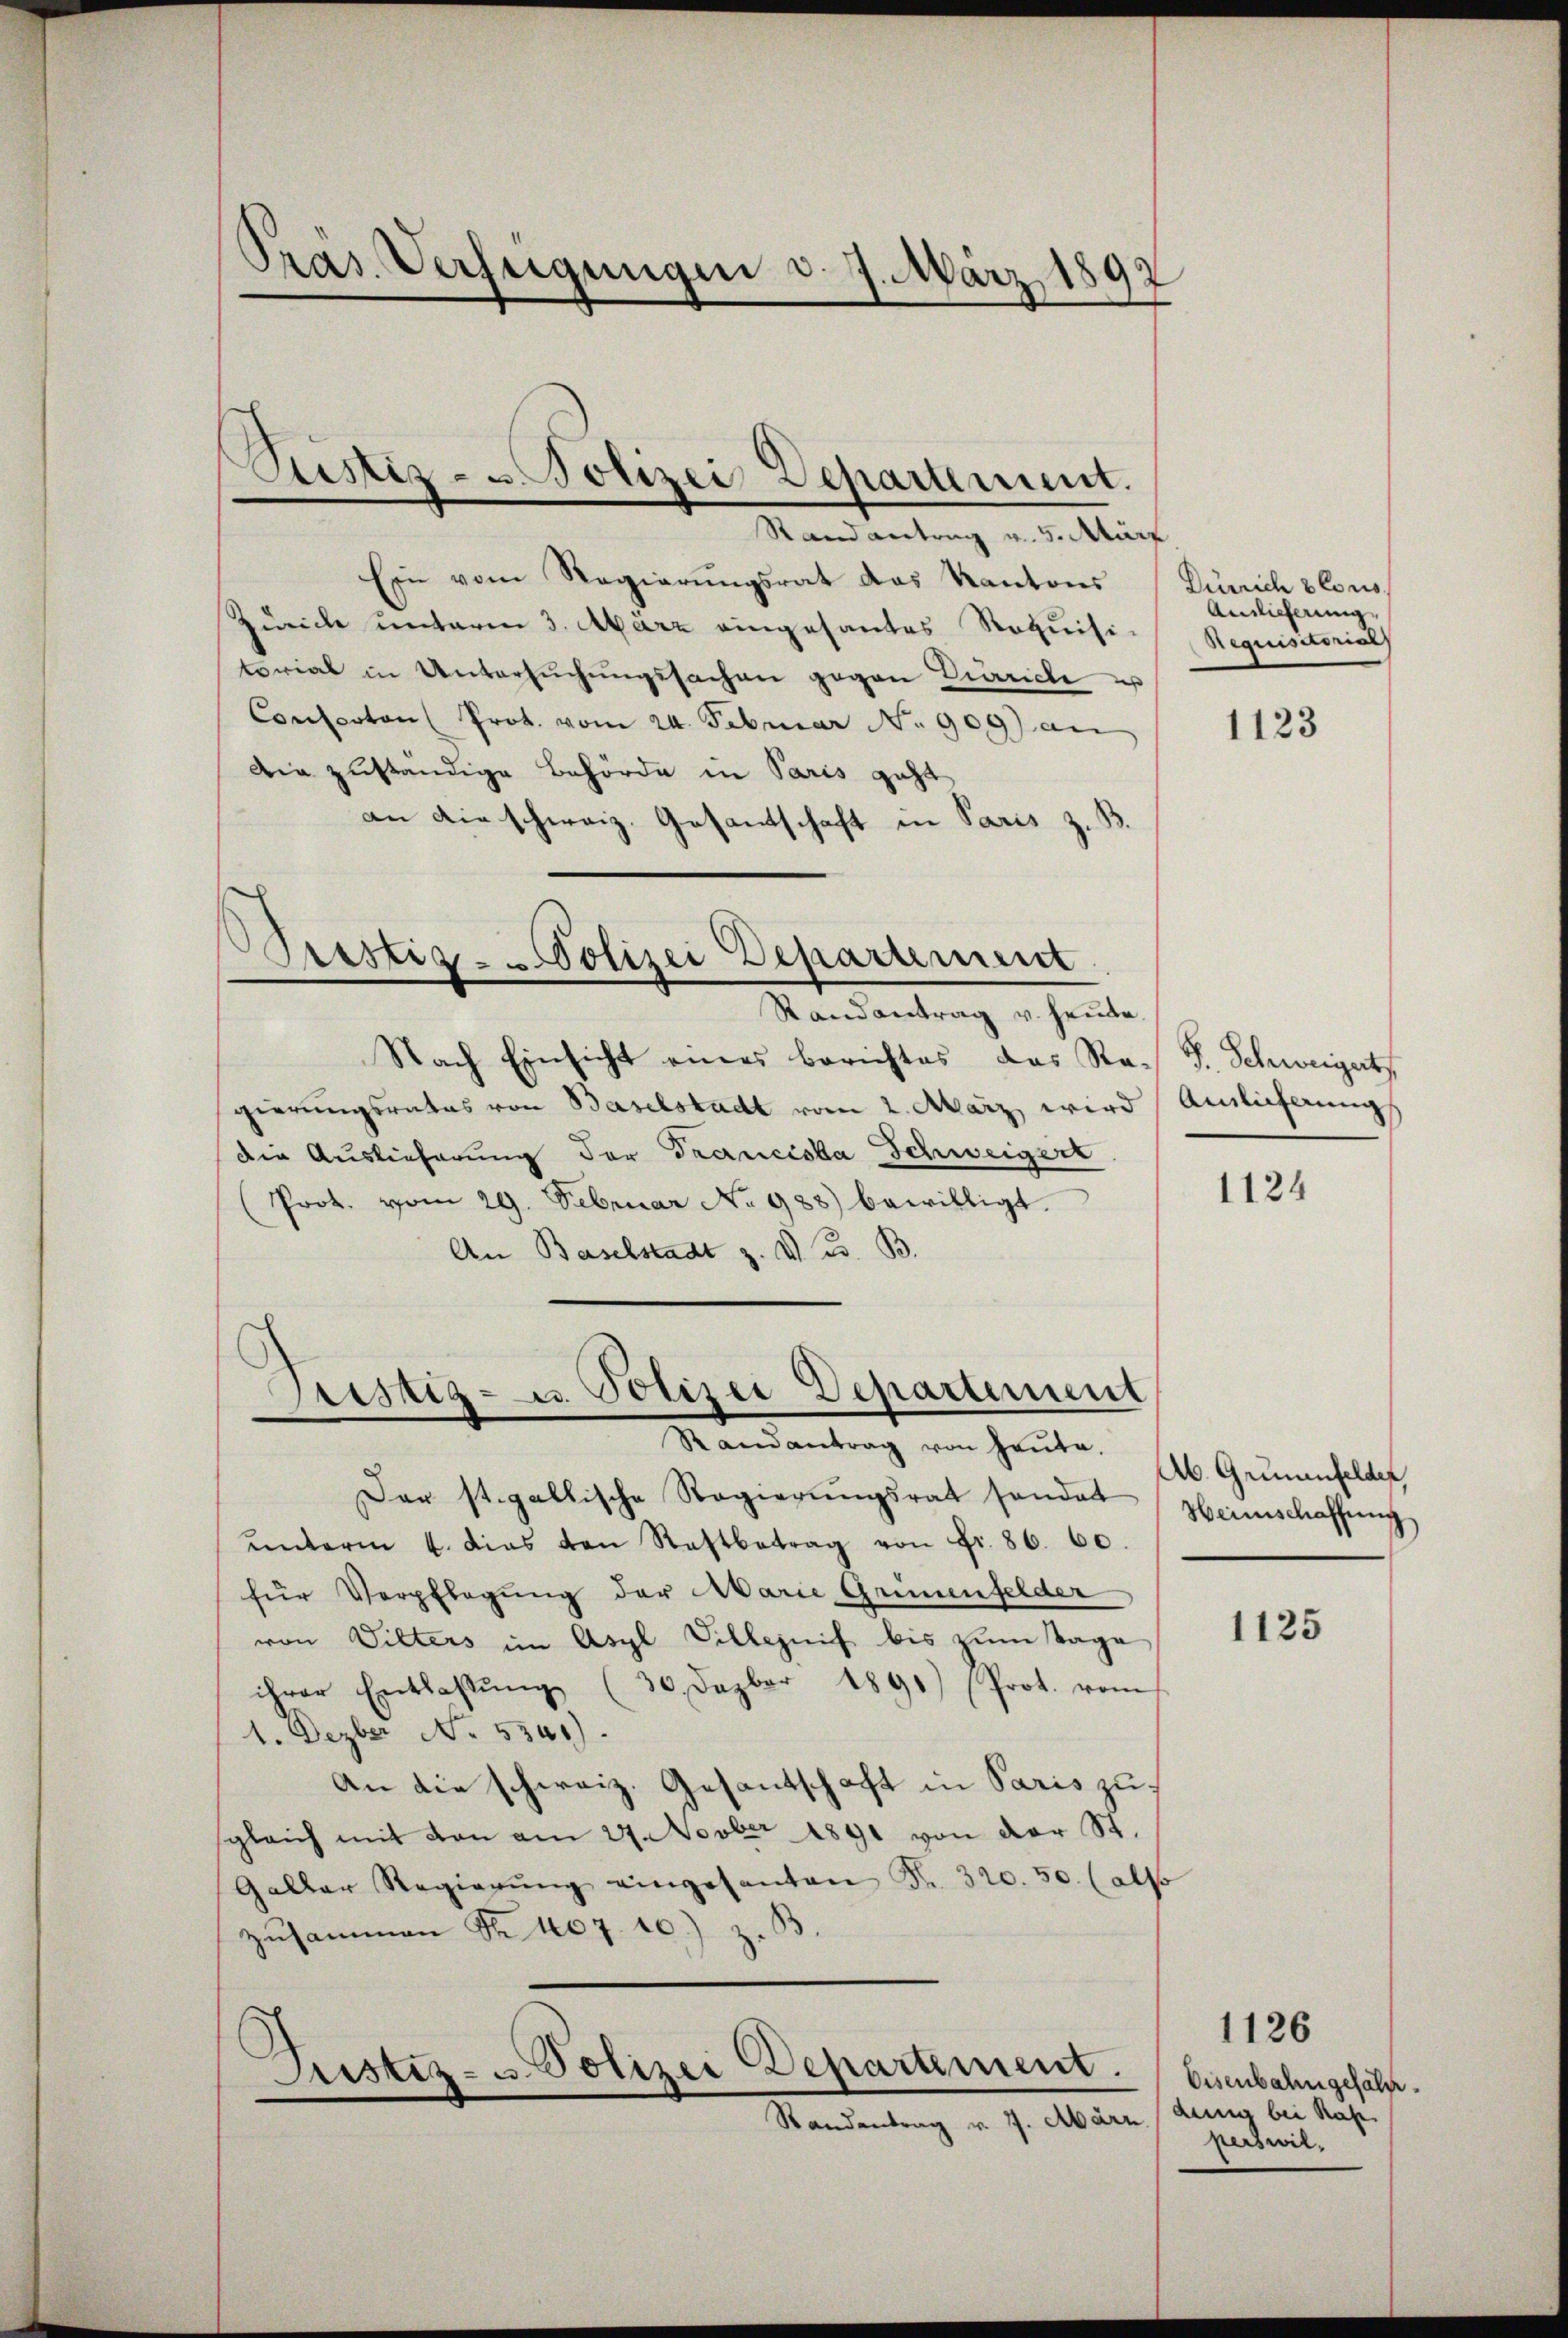
Präs. Verfügungen d. 7. März 1897

Justiz- u. Polizei Departement.

Prestig - Polizei Departement

Randantrag v. 5. März
Ein vom Regierŭngsrat das Kantons
Zürich unterm 3. März eingesantes Requisi-
torial in Untersuchungssachen gegen Zürich u
Conlsston Prot. vom 24. Februar No 909) an
Die zuständige Behörde in Paris geht
an die schweiz. Gesantschaft in Paris z. B.
Randantrag u. heute.
Nach Einsicht eines Berichtes das Re-
gierungsrates von Baselstadt vom 2. März wird Amlicherung
die Auslieferung der Franciska Schweigerk
(Prot. vom 29. Februar No 988) bewilligt.
An Baselstadt z. V. B.
riszig- u. Polizei Departement
Randantrag von heute.
Der st. gallische Regierŭngsrat sonder
ŭnterm 4. Das von Restbetrag von Fr. 86. 60.
für Verpflegŭng der Marie Grünenfelder
von Wilters im Asyl Dillezeif bis zum Tage
ihrer Entlassŭng (30 Dezbr 1891) (Prot. vom
1. Dezber No. 5341).
An die schweiz. Gesantschaft in Paris zu
sgleich mit von am 24. Novber 1891 von der St.
Galler Regierŭng eingesanten Fr. 320. 50. (also
zusammen Nr. 407. 10.)

Justiz- u Polizei Departement.
Randantrag v. 7. März.

Zürich 2 Cons
Anlicherung
Requisitorial

1123

F. Schweigert

1124

Ab. Grünenfelder,
Heimschaffung

1125

1126
Eisenbahn gefälle.
denig bei Kas
perswil,